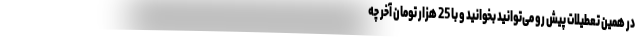
در همین تعطیلات پیش رو می‌توانید بخوانید و با 25 هزار تومان آخر چه